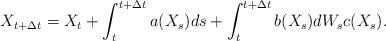
LaTeX: \begin{align*}X_{t+\Delta t}=X_t + \int_t^{t+\Delta t}a(X_s)ds +\int_t^{t+\Delta t}b(X_s)dW_sc(X_s).\end{align*}